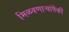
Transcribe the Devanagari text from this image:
मिळवणाऱ्यांपैकी